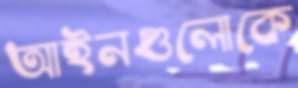
আইনগুলোকে